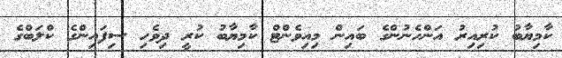
ކާމިޔާބު ކުރިއިރު އަންހެނުންގެ ބައިން މިއިވެންޓް ކާމިޔާބު ކުރީ ދިވެހި ސިފައިންގެ ކްލަބްގެ